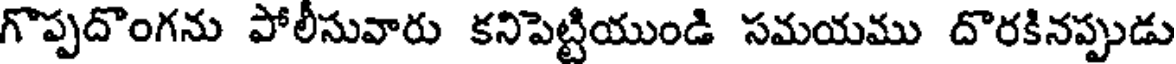
గొప్పదొంగను పోలీసువారు కనిపెట్టియుండి సమయము దొరకినప్పుడు